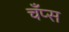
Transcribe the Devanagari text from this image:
चँप्स